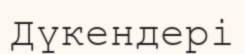
Дүкендері